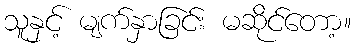
သူနှင့် မျက်နှာခြင်း မဆိုင်တော့။